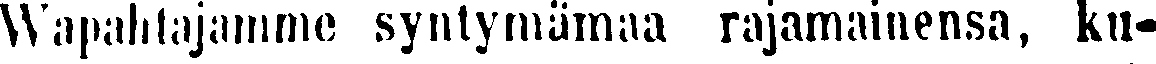
Wapahtajamme syntymämaa rajamainensa, ku-